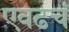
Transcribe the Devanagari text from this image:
एवढचं